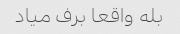
بله واقعا برف میاد